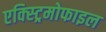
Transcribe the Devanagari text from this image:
एक्स्ट्रिमोफाइल